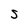
Character: S